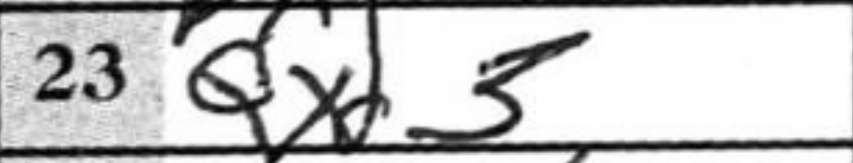
Transcription: Qx3